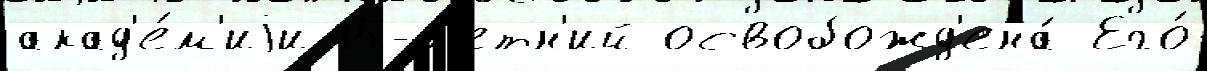
акад'е́м'иjи 15-л'етн'ий освобожд'ена́ Его́